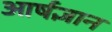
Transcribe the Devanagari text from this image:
आर्षज्ञान